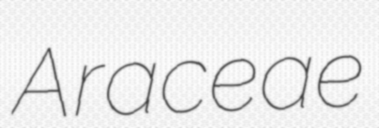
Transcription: Araceae